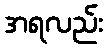
အရလည်း